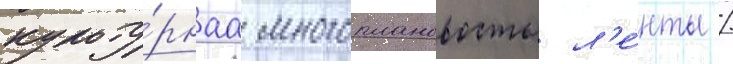
культу́рнаа многоплановость л'е́нты /